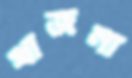
খাজনা